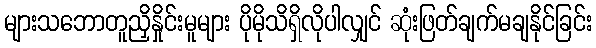
များသဘောတူညှိနှိုင်းမူများ ပိုမိုသိရှိလိုပါလျှင် ဆုံးဖြတ်ချက်မချနိုင်ခြင်း